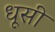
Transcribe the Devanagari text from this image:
धूसी